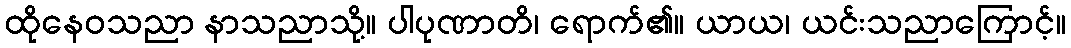
ထိုနေဝသညာ နာသညာသို့။ ပါပုဏာတိ၊ ရောက်၏။ ယာယ၊ ယင်းသညာကြောင့်။